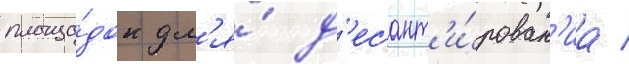
площа́док дл'я́ д'есант'и́рован'иа /